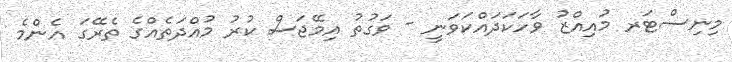
މިނިސްޓަރ މުއިއްޒު ވާހަކަދައްކަވަނީ - ވަގުތު އިމޭޖަސް ކުރު މުއްދަތެއްގެ ތެރޭގަ އެންމެ